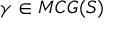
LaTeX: \gamma \in M C G ( S )